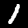
Label: 1